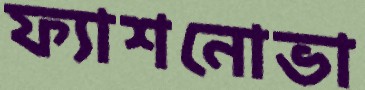
ফ্যাশনোভা